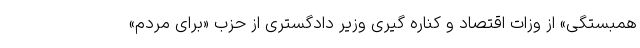
همبستگی» از وزات اقتصاد و کناره گیری وزیر دادگستری از حزب «برای مردم»